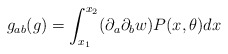
\begin{align*}g_{ab}(g) = \int_{x_1}^{x_2} (\partial_a\partial_b w) P(x,\theta) dx\end{align*}